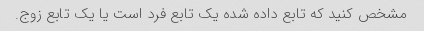
مشخص کنید که تابع داده شده یک تابع فرد است یا یک تابع زوج.